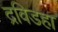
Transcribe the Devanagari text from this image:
द्रविडहा